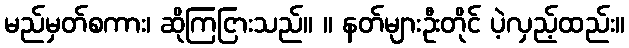
မည်မှတ်စကား၊ ဆိုကြငြားသည်။ ။ နတ်များဦးတိုင် ပဲ့လှည့်ထည်း။